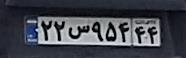
۲۲س۹۵۴۴۴